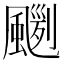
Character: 𩘛